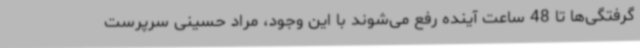
گرفتگی‌ها تا 48 ساعت آینده رفع می‌شوند با این وجود، مراد حسینی سرپرست